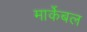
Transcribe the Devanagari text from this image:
मार्केबल